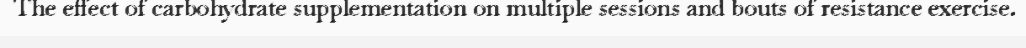
The effect of carbohydrate supplementation on multiple sessions and bouts of resistance exercise.